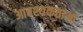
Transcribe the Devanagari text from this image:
आवश्यकताआ